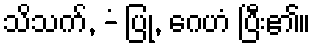
သိသက်, -ံ ပြု, ဂေဟံ ပြီး၏။